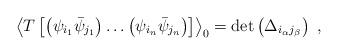
LaTeX: \begin{align*}{{\left\langle T\left[ \left( {{\psi }_{{{i}_{1}}}}{{{\bar{\psi}}}_{{{j}_{1}}}}\right)\ldots \left( {{\psi }_{{{i}_{n}}}}{{{\bar{\psi}}}_{{{j}_{n}}}}\right) \right] \right\rangle }_{0}}=\det \left( {{\Delta }_{{{i}_{\alpha }}{{j}_{\beta }}}}\right) \ , \end{align*}